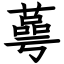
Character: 蕚